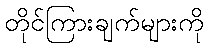
တိုင်ကြားချက်များကို